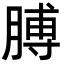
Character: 膊